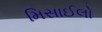
મિસાઈલો